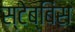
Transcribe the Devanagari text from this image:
स्टेब्बिंस